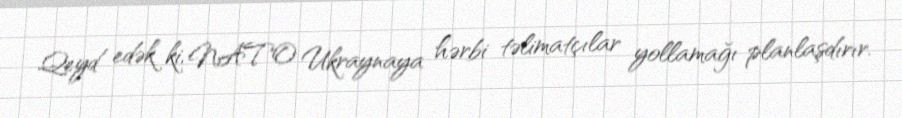
Qeyd edək ki, NATO Ukraynaya hərbi təlimatçılar yollamağı planlaşdırır.